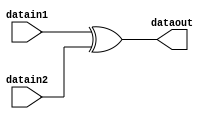
module InvAddRoundKey(
input [127:0]datain1,
input [127:0]datain2,
output [127:0]dataout
);


assign dataout = datain1 ^ datain2;

endmodule